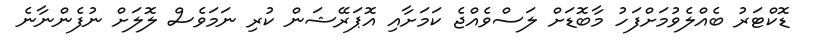
ޑޮކްޓަރު ބެއްލެވުމަށްފަހު މާބޮޑަށް ލަސްވެއްޖެ ކަަމަށާއި އޮޕަރޭޝަން ކުރި ނަަމަވެސް ލޮލަށް ނުފެންނާނެ